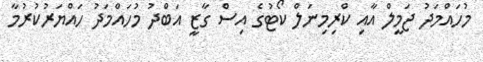
މުހައްމަދު ޖަމީލް އާއި ކްރިމިނަލް ކޯޓުގެ އިސް ގާޒީ އަބްދު މުހައްމަދު ހައްޔަރުކުރުމާ